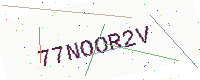
Text: 77NOOR2V